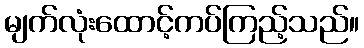
မျက်လုံးထောင့်ကပ်ကြည့်သည်။